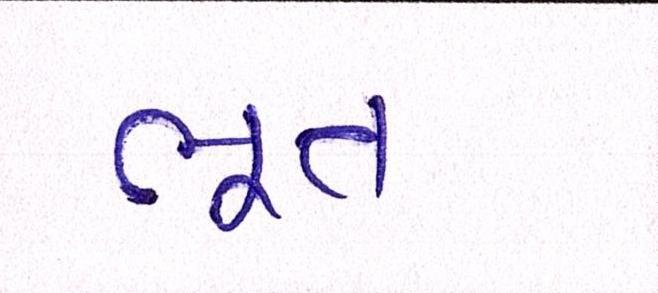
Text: ભૂત